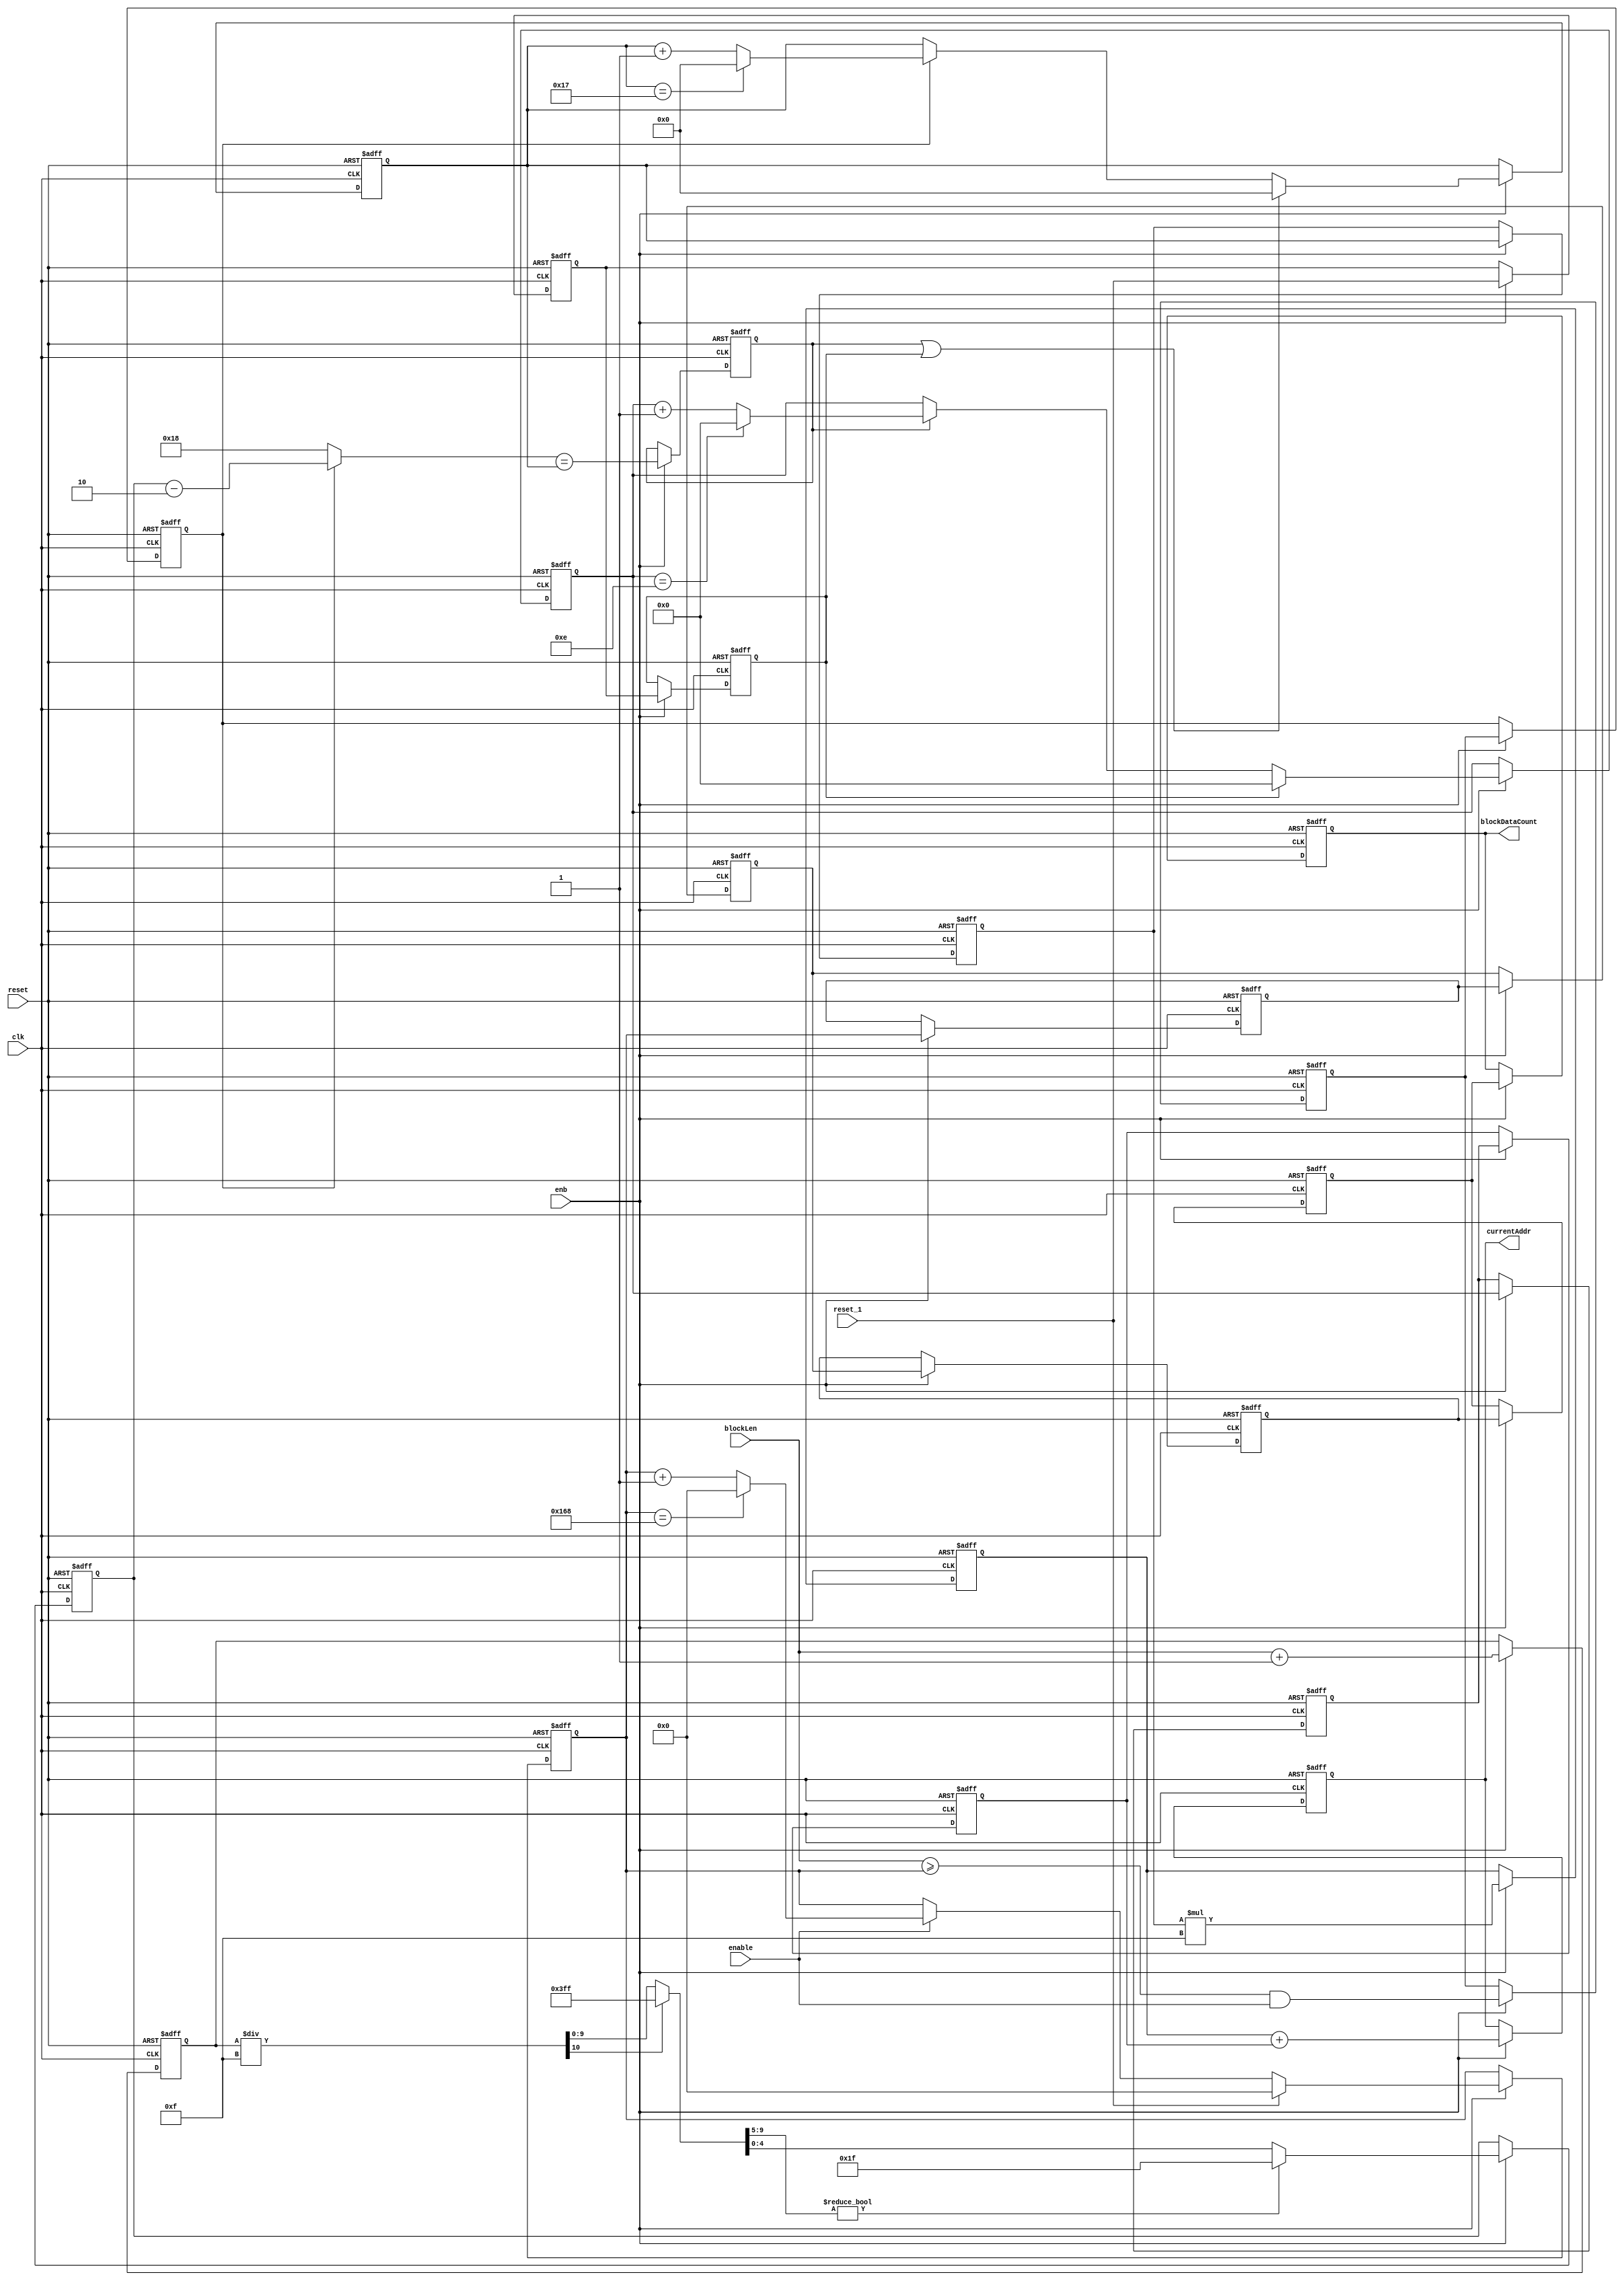
// -------------------------------------------------------------
// 
// 
// Generated by MATLAB 9.13 and HDL Coder 4.0
// 
// -------------------------------------------------------------


// -------------------------------------------------------------
// 
// Module: whdlOFDMTx_Generate_Read_Address
// Source Path: whdlOFDMTx/Frame Generator/Data/Data Chain/Symbol Interleaver/Interleaver/Read Logic/Generate Read 
// Addres
// Hierarchy Level: 9
// 
// -------------------------------------------------------------

`timescale 1 ns / 1 ns

module whdlOFDMTx_Generate_Read_Address
          (clk,
           reset,
           enb,
           blockLen,
           enable,
           reset_1,
           blockDataCount,
           currentAddr);


  input   clk;
  input   reset;
  input   enb;
  input   [8:0] blockLen;  // ufix9
  input   enable;
  input   reset_1;
  output  [8:0] blockDataCount;  // ufix9
  output  [8:0] currentAddr;  // ufix9


  wire [8:0] count_step;  // ufix9
  wire [8:0] count_from;  // ufix9
  wire [8:0] count_reset;  // ufix9
  reg [8:0] HDL_Counter2_out1;  // ufix9
  wire [8:0] count;  // ufix9
  wire need_to_wrap;
  wire [8:0] count_value;  // ufix9
  wire [8:0] count_1;  // ufix9
  wire [8:0] count_2;  // ufix9
  reg [8:0] Delay12_out1;  // ufix9
  reg [8:0] Delay9_out1;  // ufix9
  reg [8:0] Delay13_out1;  // ufix9
  reg [8:0] Delay14_out1;  // ufix9
  reg [8:0] Delay11_out1;  // ufix9
  wire Relational_Operator1_relop1;
  wire Logical_Operator1_out1;
  reg  Delay16_out1;
  reg  Delay8_out1;
  wire [4:0] Constant4_out1;  // ufix5
  wire Constant_out1;  // ufix1
  wire [9:0] Add_1;  // ufix10
  wire [9:0] Add_2;  // ufix10
  wire [9:0] Add_out1;  // ufix10
  reg [9:0] Delay10_out1;  // ufix10
  wire [3:0] Constant2_out1;  // ufix4
  reg [4:0] Divide_out1;  // ufix5
  reg [4:0] Delay3_out1;  // ufix5
  wire [1:0] Constant1_out1;  // ufix2
  wire signed [5:0] Add1_sub_temp;  // sfix6
  wire signed [5:0] Add1_1;  // sfix6
  wire signed [5:0] Add1_2;  // sfix6
  wire [4:0] Add1_out1;  // ufix5
  wire [4:0] Switch_out1;  // ufix5
  reg  Delay15_out1;
  reg  Delay7_out1;
  wire [4:0] count_step_1;  // ufix5
  wire [4:0] count_from_1;  // ufix5
  wire [4:0] count_reset_1;  // ufix5
  reg [4:0] rowIndex;  // ufix5
  wire [4:0] count_3;  // ufix5
  wire need_to_wrap_1;
  wire [4:0] count_value_1;  // ufix5
  wire [4:0] count_4;  // ufix5
  wire Relational_Operator_relop1;
  reg  Delay_out1;
  wire Logical_Operator_out1;
  wire [4:0] count_5;  // ufix5
  reg [4:0] Delay1_out1;  // ufix5
  wire [3:0] Constant3_out1;  // ufix4
  wire [8:0] Product_out1;  // ufix9
  reg [8:0] Delay5_out1;  // ufix9
  wire [3:0] count_step_2;  // ufix4
  wire [3:0] count_from_2;  // ufix4
  wire [3:0] count_reset_2;  // ufix4
  reg [3:0] colIndex;  // ufix4
  wire [3:0] count_6;  // ufix4
  wire need_to_wrap_2;
  wire [3:0] count_value_2;  // ufix4
  wire [3:0] count_7;  // ufix4
  wire [3:0] count_8;  // ufix4
  reg [3:0] Delay2_out1;  // ufix4
  reg [3:0] Delay4_out1;  // ufix4
  wire [8:0] Add2_1;  // ufix9
  wire [8:0] Add2_out1;  // ufix9
  reg [8:0] Delay6_out1;  // ufix9
  reg [9:0] Divide_varargout_1;  // ufix10
  reg [10:0] Divide_div_temp;  // ufix11
  reg [10:0] Divide_t_0_0;  // ufix11

  // Compute read address


  // Count limited, Unsigned Counter
  //  initial value   = 0
  //  step value      = 1
  //  count to value  = 360
  assign count_step = 9'b000000001;



  assign count_from = 9'b000000000;



  assign count_reset = 9'b000000000;



  assign count = HDL_Counter2_out1 + count_step;



  assign need_to_wrap = HDL_Counter2_out1 == 9'b101101000;



  assign count_value = (need_to_wrap == 1'b0 ? count :
              count_from);



  assign count_1 = (enable == 1'b0 ? HDL_Counter2_out1 :
              count_value);



  assign count_2 = (reset_1 == 1'b0 ? count_1 :
              count_reset);



  always @(posedge clk or posedge reset)
    begin : HDL_Counter2_process
      if (reset == 1'b1) begin
        HDL_Counter2_out1 <= 9'b000000000;
      end
      else begin
        if (enb) begin
          HDL_Counter2_out1 <= count_2;
        end
      end
    end



  always @(posedge clk or posedge reset)
    begin : Delay12_process
      if (reset == 1'b1) begin
        Delay12_out1 <= 9'b000000000;
      end
      else begin
        if (enb) begin
          Delay12_out1 <= HDL_Counter2_out1;
        end
      end
    end



  always @(posedge clk or posedge reset)
    begin : Delay9_process
      if (reset == 1'b1) begin
        Delay9_out1 <= 9'b000000000;
      end
      else begin
        if (enb) begin
          Delay9_out1 <= Delay12_out1;
        end
      end
    end



  always @(posedge clk or posedge reset)
    begin : Delay13_process
      if (reset == 1'b1) begin
        Delay13_out1 <= 9'b000000000;
      end
      else begin
        if (enb) begin
          Delay13_out1 <= Delay9_out1;
        end
      end
    end



  always @(posedge clk or posedge reset)
    begin : Delay14_process
      if (reset == 1'b1) begin
        Delay14_out1 <= 9'b000000000;
      end
      else begin
        if (enb) begin
          Delay14_out1 <= Delay13_out1;
        end
      end
    end



  always @(posedge clk or posedge reset)
    begin : Delay11_process
      if (reset == 1'b1) begin
        Delay11_out1 <= 9'b000000000;
      end
      else begin
        if (enb) begin
          Delay11_out1 <= Delay14_out1;
        end
      end
    end



  assign blockDataCount = Delay11_out1;

  assign Relational_Operator1_relop1 = blockLen >= HDL_Counter2_out1;



  assign Logical_Operator1_out1 = Relational_Operator1_relop1 & enable;



  always @(posedge clk or posedge reset)
    begin : Delay16_process
      if (reset == 1'b1) begin
        Delay16_out1 <= 1'b0;
      end
      else begin
        if (enb) begin
          Delay16_out1 <= Logical_Operator1_out1;
        end
      end
    end



  always @(posedge clk or posedge reset)
    begin : Delay8_process
      if (reset == 1'b1) begin
        Delay8_out1 <= 1'b0;
      end
      else begin
        if (enb) begin
          Delay8_out1 <= Delay16_out1;
        end
      end
    end



  assign Constant4_out1 = 5'b11000;



  assign Constant_out1 = 1'b1;



  assign Add_1 = {1'b0, blockLen};
  assign Add_2 = {9'b0, Constant_out1};
  assign Add_out1 = Add_1 + Add_2;



  always @(posedge clk or posedge reset)
    begin : Delay10_process
      if (reset == 1'b1) begin
        Delay10_out1 <= 10'b0000000000;
      end
      else begin
        if (enb) begin
          Delay10_out1 <= Add_out1;
        end
      end
    end



  assign Constant2_out1 = 4'b1111;



  always @(Constant2_out1, Delay10_out1) begin
    Divide_div_temp = 11'b00000000000;
    Divide_t_0_0 = 11'b00000000000;
    if (Constant2_out1 == 4'b0000) begin
      Divide_varargout_1 = 10'b1111111111;
    end
    else begin
      Divide_t_0_0 = {1'b0, Delay10_out1};
      Divide_div_temp = Divide_t_0_0 / Constant2_out1;
      if (Divide_div_temp[10] != 1'b0) begin
        Divide_varargout_1 = 10'b1111111111;
      end
      else begin
        Divide_varargout_1 = Divide_div_temp[9:0];
      end
    end
    if (Divide_varargout_1[9:5] != 5'b00000) begin
      Divide_out1 = 5'b11111;
    end
    else begin
      Divide_out1 = Divide_varargout_1[4:0];
    end
  end



  always @(posedge clk or posedge reset)
    begin : Delay3_process
      if (reset == 1'b1) begin
        Delay3_out1 <= 5'b00000;
      end
      else begin
        if (enb) begin
          Delay3_out1 <= Divide_out1;
        end
      end
    end



  assign Constant1_out1 = 2'b10;



  assign Add1_1 = {1'b0, Delay3_out1};
  assign Add1_2 = {4'b0, Constant1_out1};
  assign Add1_sub_temp = Add1_1 - Add1_2;
  assign Add1_out1 = Add1_sub_temp[4:0];



  assign Switch_out1 = (Delay8_out1 == 1'b0 ? Constant4_out1 :
              Add1_out1);



  always @(posedge clk or posedge reset)
    begin : Delay15_process
      if (reset == 1'b1) begin
        Delay15_out1 <= 1'b0;
      end
      else begin
        if (enb) begin
          Delay15_out1 <= reset_1;
        end
      end
    end



  always @(posedge clk or posedge reset)
    begin : Delay7_process
      if (reset == 1'b1) begin
        Delay7_out1 <= 1'b0;
      end
      else begin
        if (enb) begin
          Delay7_out1 <= Delay15_out1;
        end
      end
    end



  // Count limited, Unsigned Counter
  //  initial value   = 0
  //  step value      = 1
  //  count to value  = 23
  assign count_step_1 = 5'b00001;



  assign count_from_1 = 5'b00000;



  assign count_reset_1 = 5'b00000;



  assign count_3 = rowIndex + count_step_1;



  assign need_to_wrap_1 = rowIndex == 5'b10111;



  assign count_value_1 = (need_to_wrap_1 == 1'b0 ? count_3 :
              count_from_1);



  assign count_4 = (Delay8_out1 == 1'b0 ? rowIndex :
              count_value_1);



  assign Relational_Operator_relop1 = Switch_out1 == rowIndex;



  always @(posedge clk or posedge reset)
    begin : Delay_process
      if (reset == 1'b1) begin
        Delay_out1 <= 1'b0;
      end
      else begin
        if (enb) begin
          Delay_out1 <= Relational_Operator_relop1;
        end
      end
    end



  assign Logical_Operator_out1 = Delay_out1 | Delay7_out1;



  assign count_5 = (Logical_Operator_out1 == 1'b0 ? count_4 :
              count_reset_1);



  always @(posedge clk or posedge reset)
    begin : rowCounter_process
      if (reset == 1'b1) begin
        rowIndex <= 5'b00000;
      end
      else begin
        if (enb) begin
          rowIndex <= count_5;
        end
      end
    end



  always @(posedge clk or posedge reset)
    begin : Delay1_process
      if (reset == 1'b1) begin
        Delay1_out1 <= 5'b00000;
      end
      else begin
        if (enb) begin
          Delay1_out1 <= rowIndex;
        end
      end
    end



  assign Constant3_out1 = 4'b1111;



  assign Product_out1 = Delay1_out1 * Constant3_out1;



  always @(posedge clk or posedge reset)
    begin : Delay5_process
      if (reset == 1'b1) begin
        Delay5_out1 <= 9'b000000000;
      end
      else begin
        if (enb) begin
          Delay5_out1 <= Product_out1;
        end
      end
    end



  // Count limited, Unsigned Counter
  //  initial value   = 0
  //  step value      = 1
  //  count to value  = 14
  assign count_step_2 = 4'b0001;



  assign count_from_2 = 4'b0000;



  assign count_reset_2 = 4'b0000;



  assign count_6 = colIndex + count_step_2;



  assign need_to_wrap_2 = colIndex == 4'b1110;



  assign count_value_2 = (need_to_wrap_2 == 1'b0 ? count_6 :
              count_from_2);



  assign count_7 = (Delay_out1 == 1'b0 ? colIndex :
              count_value_2);



  assign count_8 = (Delay7_out1 == 1'b0 ? count_7 :
              count_reset_2);



  always @(posedge clk or posedge reset)
    begin : colCounter_process
      if (reset == 1'b1) begin
        colIndex <= 4'b0000;
      end
      else begin
        if (enb) begin
          colIndex <= count_8;
        end
      end
    end



  always @(posedge clk or posedge reset)
    begin : Delay2_process
      if (reset == 1'b1) begin
        Delay2_out1 <= 4'b0000;
      end
      else begin
        if (enb) begin
          Delay2_out1 <= colIndex;
        end
      end
    end



  always @(posedge clk or posedge reset)
    begin : Delay4_process
      if (reset == 1'b1) begin
        Delay4_out1 <= 4'b0000;
      end
      else begin
        if (enb) begin
          Delay4_out1 <= Delay2_out1;
        end
      end
    end



  assign Add2_1 = {5'b0, Delay4_out1};
  assign Add2_out1 = Delay5_out1 + Add2_1;



  always @(posedge clk or posedge reset)
    begin : Delay6_process
      if (reset == 1'b1) begin
        Delay6_out1 <= 9'b000000000;
      end
      else begin
        if (enb) begin
          Delay6_out1 <= Add2_out1;
        end
      end
    end



  assign currentAddr = Delay6_out1;

endmodule  // whdlOFDMTx_Generate_Read_Address